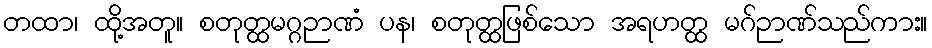
တထာ၊ ထို့အတူ။ စတုတ္ထမဂ္ဂဉာဏံ ပန၊ စတုတ္ထဖြစ်သော အရဟတ္ထ မဂ်ဉာဏ်သည်ကား။